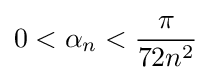
0<\alpha _{n}<{\frac {\pi }{72n^{2}}}